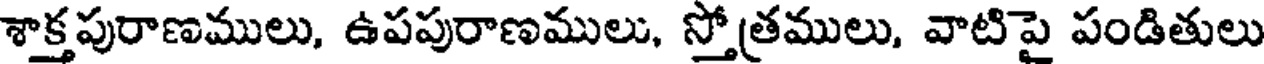
శాక్తపురాణములు, ఉపపురాణములు, స్తోత్రములు, వాటిపై పండితులు